Vaccination in Burma 1912-1922 - 1912-1922
Year: 1912
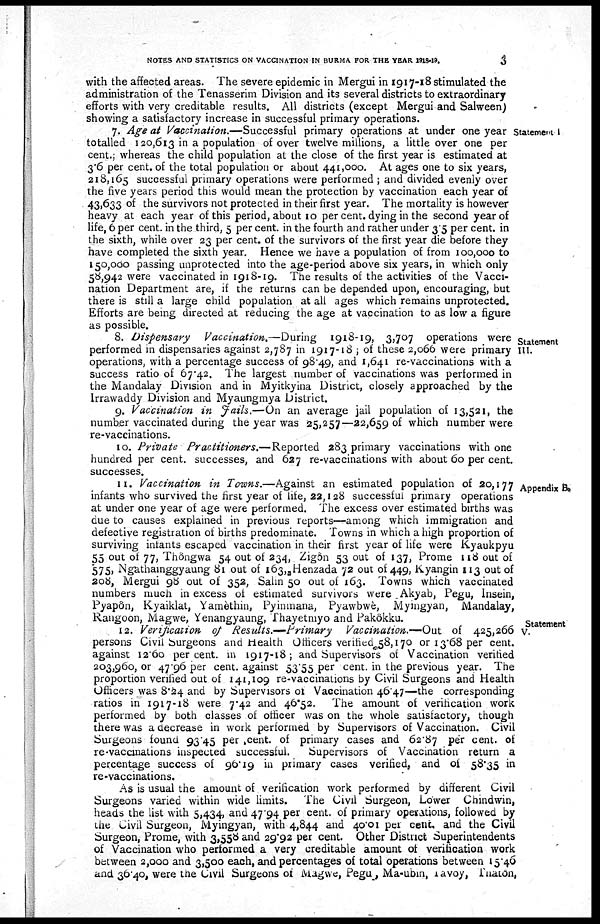
NOTES AND STATISTICS ON VACCINATION IN BURMA FOR THE YEAR 1918-19.
3
with the affected areas. The severe epidemic in Mergui in 1917-18 stimulated the
administration of the Tenasserim Division and its several districts to extraordinary
efforts with very creditable results. All districts (except Mergui and Salween)
showing a satisfactory increase in successful primary operations.
Statement I
7. Age at Vaccination.—Successful primary operations at under one year
totalled 120,613 in a population of over twelve millions, a little over one per
cent.; whereas the child population at the close of the first year is estimated at
3.6 per cent. of the total population or about 441,000. At ages one to six years,
218,165 successful primary operations were performed ; and divided evenly over
the five years period this would mean the protection by vaccination each year of
43,633 of the survivors not protected in their first year. The mortality is however
heavy at each year of this period, about 10 per cent. dying in the second year of
life, 6 per cent. in the third, 5 per cent. in the fourth and rather under 3.5 per cent. in
the sixth, while over 23 per cent. of the survivors of the first year die before they
have completed the sixth year. Hence we have a population of from 100,000 to
150,000 passing unprotected into the age-period above six years, in which only
58,942 were vaccinated in 1918-19. The results of the activities of the Vacci-
nation Department are, if the returns can be depended upon, encouraging, but
there is still a large child population at all ages which remains unprotected.
Efforts are being directed at reducing the age at vaccination to as low a figure
as possible.
Statement
III.
8. Dispensary
Vaccination.—During
1918-19, 3,707 operations were
performed in dispensaries against 2,787 in 1917-18 ; of these 2,066 were primary
operations, with a percentage success of 98.49, and 1,641 re-vaccinations with a
success ratio of 67.42. The largest number of vaccinations was performed in
the Mandalay Division and in Myitkyina District, closely approached by the
Irrawaddy Division and Myaungmya District.
9. Vaccination in Fails.—On an average jail population of 13,521, the
number vaccinated during the year was 25,257—22,659 of which number were
re-vaccinations.
10. Private Practitioners.—Reported
283 primary vaccinations with one
hundred per cent. successes, and 627 re-vaccinations with about 60 per cent.
successes.
Appendix B.
11. Vaccination in Towns.—Against an estimated population of 20,177
infants who survived the first year of life, 22,128 successful primary operations
at under one year of age were performed. The excess over estimated births was
due to causes explained in previous reports— among which immigration and
defective registration of births predominate. Towns in which a high proportion of
surviving intants escaped vaccination in their first year of life were Kyaukpyu
55 out of 77, Thôngwa 54 out of 234, Zigôn 53 out of 137, Prome 118 out of
575, Ngathamggyaung 81 out of 163, Henzada 72 out of 449, Kyangin 113 out of
208, Mergui 98 out of 352, Salin 50 out of 163. Towns which vaccinated
numbers much in excess of estimated survivors were .Akyab, Pegu, Insein,
Pyapôn, Kyaiklat, Yamèthin, Pyinmana, Pyawbwè, Myingyan, Mandalay,
Rangoon, Magwe, Yenangyaung, Thayetmyo and Pakôkku.
Statement
V.
12. Verificaiion of Results.—Primary
Vaccination.—Out of 425,266
persons Civil Surgeons and Health Officers verified 58, 170 or 13.68 per cent.
against 12.60 per cent. in 1917-18; and Supervisors of Vaccination verified
203,960, or 47.96 per cent. against 53.55 per cent. in the previous year. The
proportion verified out of 141,109 re-vaccinations by Civil Surgeons and Health
Officers was 8.24 and by Supervisors of Vaccination 46.47—the corresponding
ratios in 1917-18 were 7.42 and 46.52. The amount of verification work
performed by both classes of officer was on the whole satisfactory, though
there was a decrease in work performed by Supervisors of Vaccination. Civil
Surgeons found 93.45 per cent. of primary cases and 62.87 per cent. of
re-vaccinations inspected successful.
Supervisors of Vaccination return a
percentage success of 96.19 in primary cases verified, and of 58.35 in
re-vaccinations.
As is usual the amount of verification work performed by different Civil
Surgeons varied within wide limits. The Civil Surgeon, Lower Chindwin,
heads the list with 5,434, and 47.94 per cent. of primary operations, followed by
the Civil Surgeon, Myingyan, with 4,844 and 40.01 per cent. and the Civil
Surgeon, Prome, with 3,558 and 29.92 per cent. Other District Superintendents
of Vaccination who performed a very creditable amount of verification work
between 2,000 and 3,500 each, and percentages of total operations between 15.46
and 36.40, were the Civil Surgeons of Magwe, Pegu, Ma-ubin, Tavoy, Thatôn,